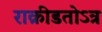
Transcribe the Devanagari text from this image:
राक्रीडतोऽत्र